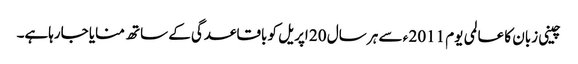
چینی زبان کا عالمی یوم 2011 ء سے ہر سال 20 اپریل کو باقاعدگی کے ساتھ منایا جارہاہے۔